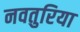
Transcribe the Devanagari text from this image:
नवतुरिया